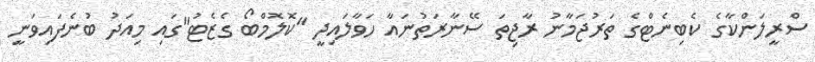
ސްރީލަންކާގެ ކެބިނެޓްގެ ތަރުޖަމާނު ރާޖިތަ ސޭނާރަތުނައާ ހަވާލައިދީ "ކޮލޮމްބޯ ގެޒެޓު"ގައި މިއަދު ބުނެފައިވަނީ